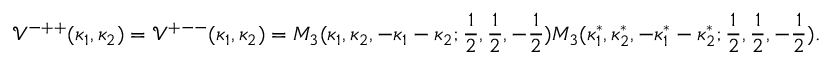
\mathcal { V } ^ { - + + } ( \kappa _ { 1 } , \kappa _ { 2 } ) = \mathcal { V } ^ { + -- } ( \kappa _ { 1 } , \kappa _ { 2 } ) = M _ { 3 } ( \kappa _ { 1 } , \kappa _ { 2 } , - \kappa _ { 1 } - \kappa _ { 2 } ; \frac { 1 } { 2 } , \frac { 1 } { 2 } , - \frac { 1 } { 2 } ) M _ { 3 } ( \kappa _ { 1 } ^ { * } , \kappa _ { 2 } ^ { * } , - \kappa _ { 1 } ^ { * } - \kappa _ { 2 } ^ { * } ; \frac { 1 } { 2 } , \frac { 1 } { 2 } , - \frac { 1 } { 2 } ) .